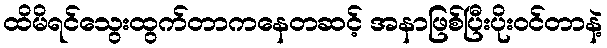
ထိမိရင်သွေးထွက်တာကနေတဆင့် အနာဖြစ်ပြီးပိုးဝင်တာနဲ့